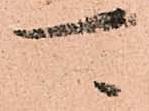
可